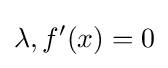
\lambda ,f'(x)=0